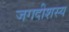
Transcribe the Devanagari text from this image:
जगदीशस्य